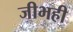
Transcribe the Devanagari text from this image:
जीभही